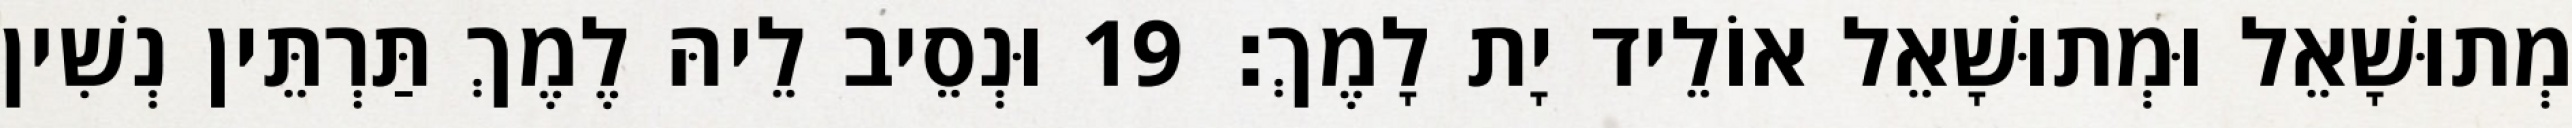
מְתוּשָׁאֵל וּמְתוּשָׁאֵל אוֹלֵיד יָת לָמֶךְ׃ 19 וּנְסֵיב לֵיהּ לֶמֶךְ תַּרְתֵּין נְשִׁין